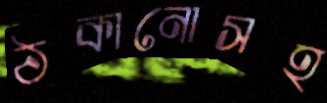
ঠকানোসহ